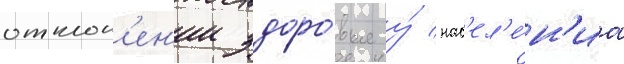
отклон'ен'ии здоро́вья у́ нас'ел'е́н'иа